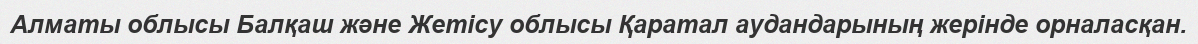
Алматы облысы Балқаш және Жетісу облысы Қаратал аудандарының жерінде орналасқан.